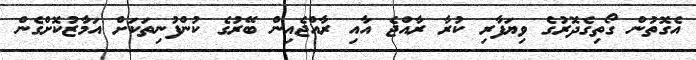
އެގޮތުން ގޯތިގެދޮރުގެ ވިޔަފާރި ކުރާ ރާއްޖެ އާއި ރާއްޖެއިން ބޭރުގެ ކުންފުނިތަކަށް އަމާޒުކޮށްގެން